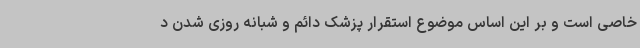
خاصی است و بر این اساس موضوع استقرار پزشک دائم و شبانه روزی شدن د